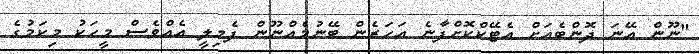
"ނޫން އޭނަ ދޮންބެއަށް އެޓޭކްކޮށްފާނެ އަހަރެން ބޭނުމެއްނޫން ފެމިލީ އެއްވެސް މީހަކު މިކަމުގެ